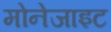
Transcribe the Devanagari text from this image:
मोनेजाइट